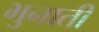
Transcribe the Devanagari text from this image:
भुनाती